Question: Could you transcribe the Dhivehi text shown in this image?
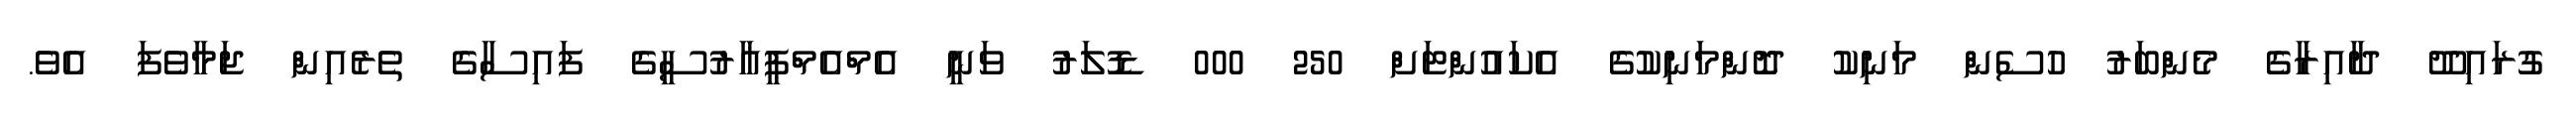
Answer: ގުރައިދޫ ދާއިރާގެ މެންބަރު ހުސެން މަނިކު ދޮންމަނިކުގެ އެކައުންޓަށް 250 000 ޑޮލަރު ވަނީ އެމްއެމްޕީއާރުސީގެ ފައިސާގެ ތެރެއިން ޖަމާވެފަ އެވެ.